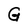
Character: G